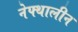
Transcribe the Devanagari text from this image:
नेफ्थालीन